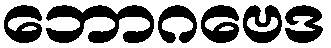
ဘောဂဗေဒ